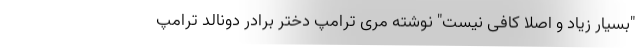
"بسیار زیاد و اصلا کافی نیست" نوشته مری ترامپ دختر برادر دونالد ترامپ